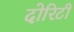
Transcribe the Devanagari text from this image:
दोरिटी